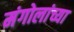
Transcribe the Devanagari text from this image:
मंगोलांच्या